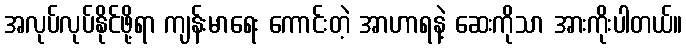
အလုပ်လုပ်နိုင်ဖို့ရာ ကျန်းမာရေး ကောင်းတဲ့ အာဟာရနဲ့ ဆေးကိုသာ အားကိုးပါတယ်။